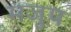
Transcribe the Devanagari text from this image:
मजुप